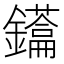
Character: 𮣢